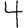
Digit: 4